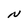
Character: N